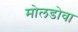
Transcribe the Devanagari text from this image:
मोलडोवा